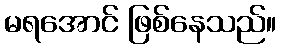
မရအောင် ဖြစ်နေသည်။